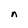
Character: n